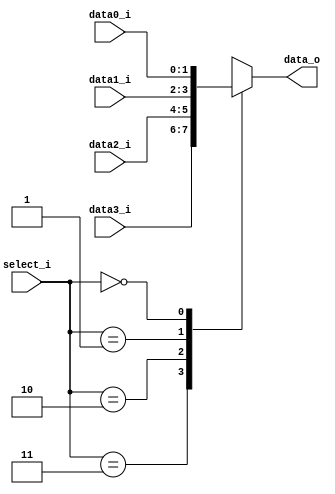
// 0610780

//Subject:     CO project 2 - MUX 221
//--------------------------------------------------------------------------------
//Version:     1
//--------------------------------------------------------------------------------
//Writer:      Luke
//----------------------------------------------
//----------------------------------------------
//Description:
//--------------------------------------------------------------------------------

module MUX_4to1(
               data0_i,
               data1_i,
               data2_i,
               data3_i,
               select_i,
               data_o
               );

parameter size = 0;

//I/O ports
input   [size-1:0] data0_i;
input   [size-1:0] data1_i;
input   [size-1:0] data2_i;
input   [size-1:0] data3_i;
input   [2-1:0]    select_i;
output  [size-1:0] data_o;

//Internal Signals
reg     [size-1:0] data_o;

//Main function
always @ ( * ) begin
    case(select_i)
        2'b11: data_o <= data3_i;
        2'b10: data_o <= data2_i;
        2'b01: data_o <= data1_i;
        2'b00: data_o <= data0_i;
    endcase
end

endmodule